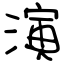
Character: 演